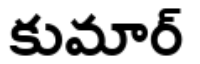
కుమార్